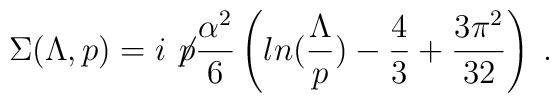
\Sigma(\Lambda,p)=i\not\! p\frac{\alpha^2}{6}\left(ln(\frac{\Lambda}{p})                   -\frac{4}{3}+\frac{3\pi^2}{32}\right)\;.